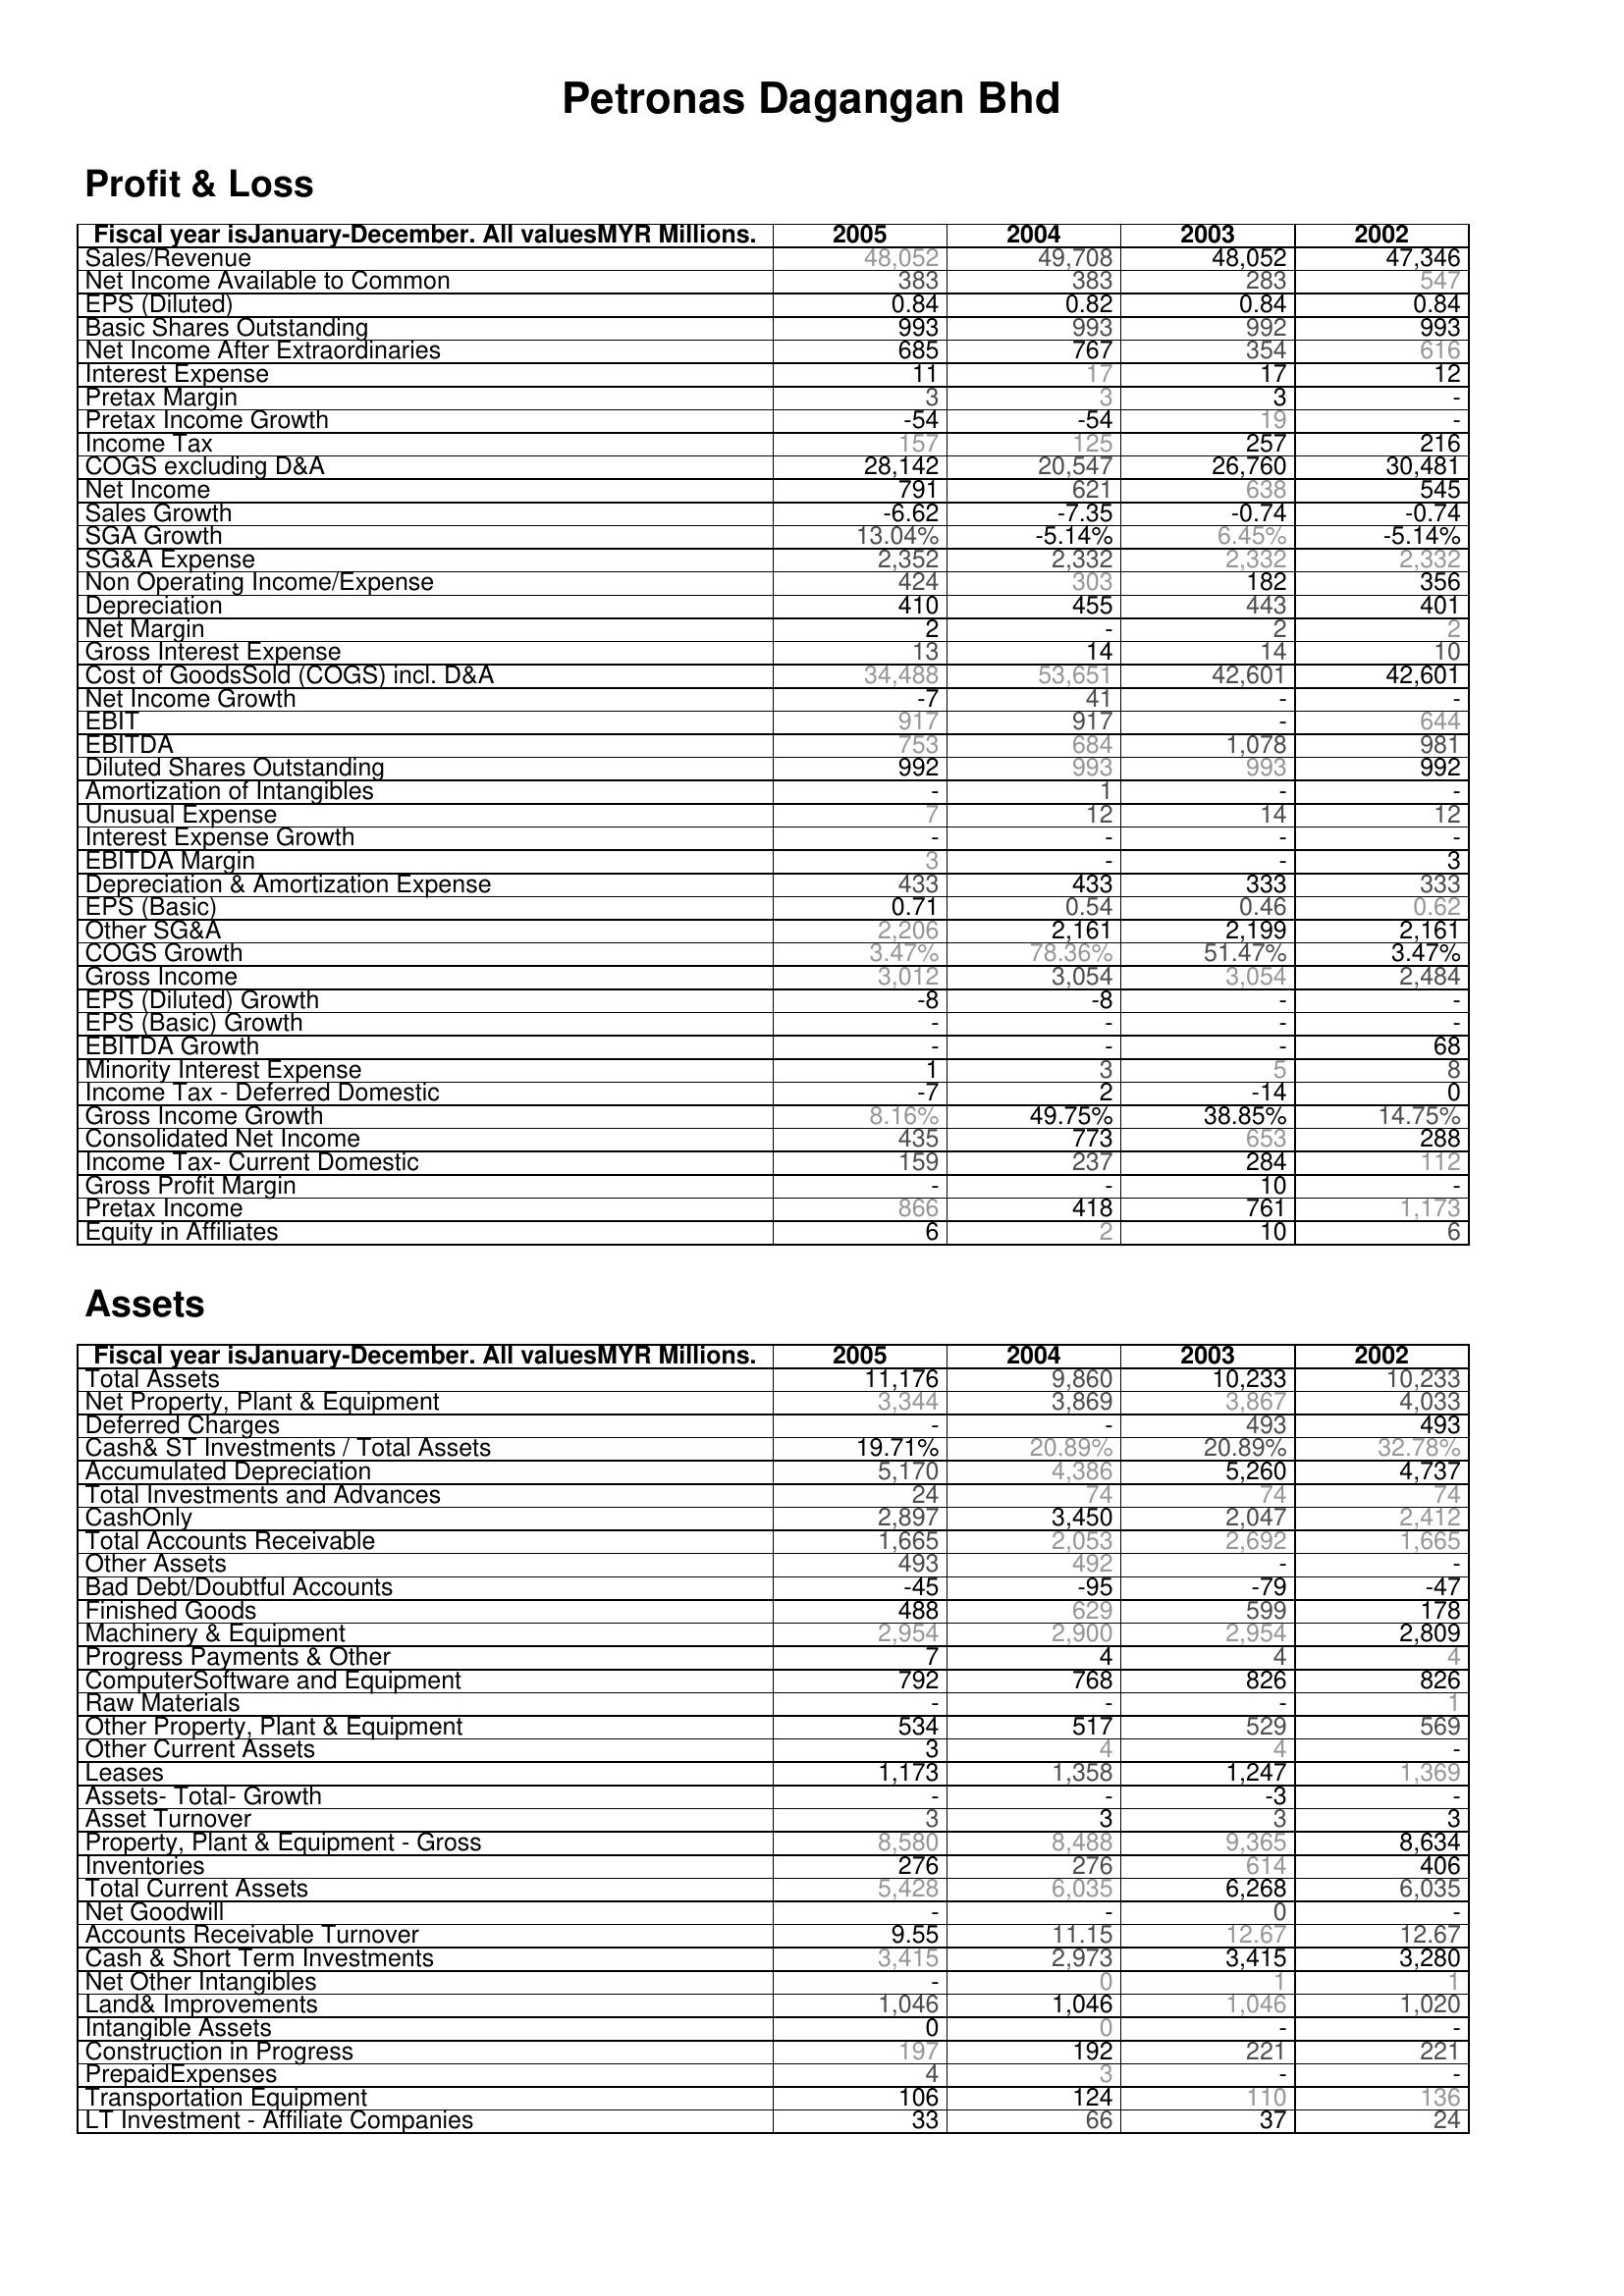
2005: Profit & Loss: Sales/Revenue: 48,052
Net Income Available to Common: 383
EPS (Diluted): 0.84
Basic Shares Outstanding: 993
Net Income After Extraordinaries: 685
Interest Expense: 11
Pretax Margin: 3
Pretax Income Growth: -54
Income Tax: 157
COGS excluding D&A: 28,142
Net Income: 791
Sales Growth: -6.62
SGA Growth: 13.04%
SG&A Expense: 2,352
Non Operating Income/Expense: 424
Depreciation: 410
Net Margin: 2
Gross Interest Expense: 13
Cost of GoodsSold (COGS) incl. D&A: 34,488
Net Income Growth: -7
EBIT: 917
EBITDA: 753
Diluted Shares Outstanding: 992
Amortization of Intangibles: -
Unusual Expense: 7
Interest Expense Growth: -
EBITDA Margin: 3
Depreciation & Amortization Expense: 433
EPS (Basic): 0.71
Other SG&A: 2,206
COGS Growth: 3.47%
Gross Income: 3,012
EPS (Diluted) Growth: -8
EPS (Basic) Growth: -
EBITDA Growth: -
Minority Interest Expense: 1
Income Tax - Deferred Domestic: -7
Gross Income Growth: 8.16%
Consolidated Net Income: 435
Income Tax- Current Domestic: 159
Gross Profit Margin: -
Pretax Income: 866
Equity in Affiliates: 6
Assets: Total Assets: 11,176
Net Property, Plant & Equipment: 3,344
Deferred Charges: -
Cash& ST Investments / Total Assets: 19.71%
Accumulated Depreciation: 5,170
Total Investments and Advances: 24
CashOnly: 2,897
Total Accounts Receivable: 1,665
Other Assets: 493
Bad Debt/Doubtful Accounts: -45
Finished Goods: 488
Machinery & Equipment: 2,954
Progress Payments & Other: 7
ComputerSoftware and Equipment: 792
Raw Materials: -
Other Property, Plant & Equipment: 534
Other Current Assets: 3
Leases: 1,173
Assets- Total- Growth: -
Asset Turnover: 3
Property, Plant & Equipment - Gross : 8,580
Inventories: 276
Total Current Assets: 5,428
Net Goodwill: -
Accounts Receivable Turnover: 9.55
Cash & Short Term Investments: 3,415
Net Other Intangibles: -
Land& Improvements: 1,046
Intangible Assets: 0
Construction in Progress: 197
PrepaidExpenses: 4
Transportation Equipment: 106
LT Investment - Affiliate Companies: 33
2004: Profit & Loss: Sales/Revenue: 49,708
Net Income Available to Common: 383
EPS (Diluted): 0.82
Basic Shares Outstanding: 993
Net Income After Extraordinaries: 767
Interest Expense: 17
Pretax Margin: 3
Pretax Income Growth: -54
Income Tax: 125
COGS excluding D&A: 20,547
Net Income: 621
Sales Growth: -7.35
SGA Growth: -5.14%
SG&A Expense: 2,332
Non Operating Income/Expense: 303
Depreciation: 455
Net Margin: -
Gross Interest Expense: 14
Cost of GoodsSold (COGS) incl. D&A: 53,651
Net Income Growth: 41
EBIT: 917
EBITDA: 684
Diluted Shares Outstanding: 993
Amortization of Intangibles: 1
Unusual Expense: 12
Interest Expense Growth: -
EBITDA Margin: -
Depreciation & Amortization Expense: 433
EPS (Basic): 0.54
Other SG&A: 2,161
COGS Growth: 78.36%
Gross Income: 3,054
EPS (Diluted) Growth: -8
EPS (Basic) Growth: -
EBITDA Growth: -
Minority Interest Expense: 3
Income Tax - Deferred Domestic: 2
Gross Income Growth: 49.75%
Consolidated Net Income: 773
Income Tax- Current Domestic: 237
Gross Profit Margin: -
Pretax Income: 418
Equity in Affiliates: 2
Assets: Total Assets: 9,860
Net Property, Plant & Equipment: 3,869
Deferred Charges: -
Cash& ST Investments / Total Assets: 20.89%
Accumulated Depreciation: 4,386
Total Investments and Advances: 74
CashOnly: 3,450
Total Accounts Receivable: 2,053
Other Assets: 492
Bad Debt/Doubtful Accounts: -95
Finished Goods: 629
Machinery & Equipment: 2,900
Progress Payments & Other: 4
ComputerSoftware and Equipment: 768
Raw Materials: -
Other Property, Plant & Equipment: 517
Other Current Assets: 4
Leases: 1,358
Assets- Total- Growth: -
Asset Turnover: 3
Property, Plant & Equipment - Gross : 8,488
Inventories: 276
Total Current Assets: 6,035
Net Goodwill: -
Accounts Receivable Turnover: 11.15
Cash & Short Term Investments: 2,973
Net Other Intangibles: 0
Land& Improvements: 1,046
Intangible Assets: 0
Construction in Progress: 192
PrepaidExpenses: 3
Transportation Equipment: 124
LT Investment - Affiliate Companies: 66
2003: Profit & Loss: Sales/Revenue: 48,052
Net Income Available to Common: 283
EPS (Diluted): 0.84
Basic Shares Outstanding: 992
Net Income After Extraordinaries: 354
Interest Expense: 17
Pretax Margin: 3
Pretax Income Growth: 19
Income Tax: 257
COGS excluding D&A: 26,760
Net Income: 638
Sales Growth: -0.74
SGA Growth: 6.45%
SG&A Expense: 2,332
Non Operating Income/Expense: 182
Depreciation: 443
Net Margin: 2
Gross Interest Expense: 14
Cost of GoodsSold (COGS) incl. D&A: 42,601
Net Income Growth: -
EBIT: -
EBITDA: 1,078
Diluted Shares Outstanding: 993
Amortization of Intangibles: -
Unusual Expense: 14
Interest Expense Growth: -
EBITDA Margin: -
Depreciation & Amortization Expense: 333
EPS (Basic): 0.46
Other SG&A: 2,199
COGS Growth: 51.47%
Gross Income: 3,054
EPS (Diluted) Growth: -
EPS (Basic) Growth: -
EBITDA Growth: -
Minority Interest Expense: 5
Income Tax - Deferred Domestic: -14
Gross Income Growth: 38.85%
Consolidated Net Income: 653
Income Tax- Current Domestic: 284
Gross Profit Margin: 10
Pretax Income: 761
Equity in Affiliates: 10
Assets: Total Assets: 10,233
Net Property, Plant & Equipment: 3,867
Deferred Charges: 493
Cash& ST Investments / Total Assets: 20.89%
Accumulated Depreciation: 5,260
Total Investments and Advances: 74
CashOnly: 2,047
Total Accounts Receivable: 2,692
Other Assets: -
Bad Debt/Doubtful Accounts: -79
Finished Goods: 599
Machinery & Equipment: 2,954
Progress Payments & Other: 4
ComputerSoftware and Equipment: 826
Raw Materials: -
Other Property, Plant & Equipment: 529
Other Current Assets: 4
Leases: 1,247
Assets- Total- Growth: -3
Asset Turnover: 3
Property, Plant & Equipment - Gross : 9,365
Inventories: 614
Total Current Assets: 6,268
Net Goodwill: 0
Accounts Receivable Turnover: 12.67
Cash & Short Term Investments: 3,415
Net Other Intangibles: 1
Land& Improvements: 1,046
Intangible Assets: -
Construction in Progress: 221
PrepaidExpenses: -
Transportation Equipment: 110
LT Investment - Affiliate Companies: 37
2002: Profit & Loss: Sales/Revenue: 47,346
Net Income Available to Common: 547
EPS (Diluted): 0.84
Basic Shares Outstanding: 993
Net Income After Extraordinaries: 616
Interest Expense: 12
Pretax Margin: -
Pretax Income Growth: -
Income Tax: 216
COGS excluding D&A: 30,481
Net Income: 545
Sales Growth: -0.74
SGA Growth: -5.14%
SG&A Expense: 2,332
Non Operating Income/Expense: 356
Depreciation: 401
Net Margin: 2
Gross Interest Expense: 10
Cost of GoodsSold (COGS) incl. D&A: 42,601
Net Income Growth: -
EBIT: 644
EBITDA: 981
Diluted Shares Outstanding: 992
Amortization of Intangibles: -
Unusual Expense: 12
Interest Expense Growth: -
EBITDA Margin: 3
Depreciation & Amortization Expense: 333
EPS (Basic): 0.62
Other SG&A: 2,161
COGS Growth: 3.47%
Gross Income: 2,484
EPS (Diluted) Growth: -
EPS (Basic) Growth: -
EBITDA Growth: 68
Minority Interest Expense: 8
Income Tax - Deferred Domestic: 0
Gross Income Growth: 14.75%
Consolidated Net Income: 288
Income Tax- Current Domestic: 112
Gross Profit Margin: -
Pretax Income: 1,173
Equity in Affiliates: 6
Assets: Total Assets: 10,233
Net Property, Plant & Equipment: 4,033
Deferred Charges: 493
Cash& ST Investments / Total Assets: 32.78%
Accumulated Depreciation: 4,737
Total Investments and Advances: 74
CashOnly: 2,412
Total Accounts Receivable: 1,665
Other Assets: -
Bad Debt/Doubtful Accounts: -47
Finished Goods: 178
Machinery & Equipment: 2,809
Progress Payments & Other: 4
ComputerSoftware and Equipment: 826
Raw Materials: 1
Other Property, Plant & Equipment: 569
Other Current Assets: -
Leases: 1,369
Assets- Total- Growth: -
Asset Turnover: 3
Property, Plant & Equipment - Gross : 8,634
Inventories: 406
Total Current Assets: 6,035
Net Goodwill: -
Accounts Receivable Turnover: 12.67
Cash & Short Term Investments: 3,280
Net Other Intangibles: 1
Land& Improvements: 1,020
Intangible Assets: -
Construction in Progress: 221
PrepaidExpenses: -
Transportation Equipment: 136
LT Investment - Affiliate Companies: 24